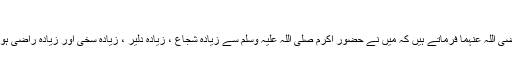
مسلم )
٭ حضرت عبداللہ بن عمر رضی اللہ عنہما فرماتے ہیں کہ میں نے حضور اکرم صلی اللہ علیہ وسلم سے زیادہ شجاع ، زیادہ دلیر ، زیادہ سخی اور زیادہ راضی ہونے والا کسی کو نہیں دیکھا ۔